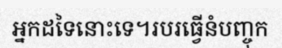
អ្នកដទៃនោះទេ។របរធ្វើនំបញ្ចុក